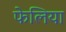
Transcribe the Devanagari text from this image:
फेलिया